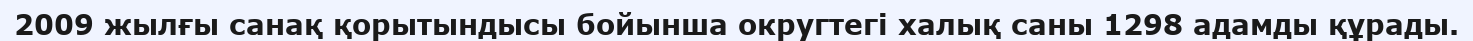
2009 жылғы санақ қорытындысы бойынша округтегі халық саны 1298 адамды құрады.